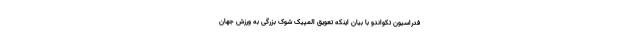
فدراسیون تکواندو با بیان اینکه تعویق المپیک شوک بزرگی به ورزش جهان